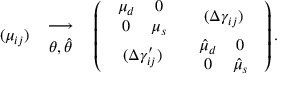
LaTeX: ( \mu _ { i j } ) \quad { \longrightarrow \atop { \theta , \hat { \theta } } } \quad \left( \begin{array} { c c } { { \begin{array} { c c } { { \mu _ { d } } } & { { 0 } } \\ { { 0 } } & { { \mu _ { s } } } \end{array} } } & { { ( \Delta \gamma _ { i j } ) } } \\ { { ( \Delta \gamma _ { i j } ^ { \prime } ) } } & { { \begin{array} { c c } { { \hat { \mu } _ { d } } } & { { 0 } } \\ { { 0 } } & { { \hat { \mu } _ { s } } } \end{array} } } \end{array} \right) .